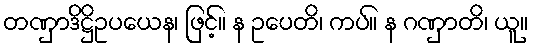
တဏှာဒိဋ္ဌိဥပယေန၊ ဖြင့်။ န ဥပေတိ၊ ကပ်။ န ဂဏှာတိ၊ ယူ။